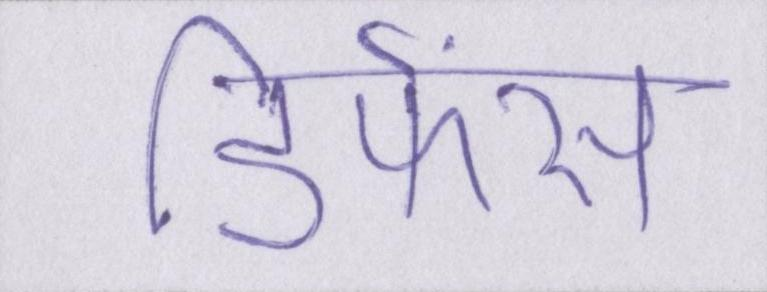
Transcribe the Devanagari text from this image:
डिफेंस